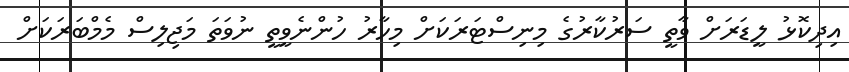
އިދިކޮޅު ލީޑަރަށް ވާތީ ސަރުކާރުގެ މިނިސްޓަރަކަށް މިހާރު ހުންނެވީތީ ނުވަތަ މަޖިލިސް މެމްބަރަކަށް